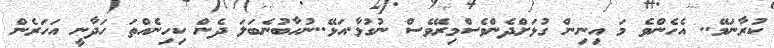
ކުރާނަމޭ.. އެހެންވެ މަ އިނިން ގުޅަށްދެންވެސްމިރޭވެސް ނުގުޅާ.އަޅޭ..ނުހާބުނެބަލަ ދެން ކިހިނެއްތަ ހަދާނީ އަހަރެން